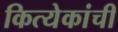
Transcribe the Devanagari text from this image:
कित्येकांची